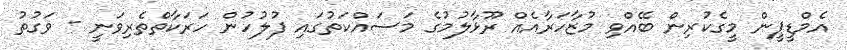
އެމްޑީޕީން މީގެކުރިން ބޭއްވި މުޒާހަރާއެއް ރޫޅާލުމުގެ މަސައްކަތުގައި ފުލުހުން ހަރަކާތްތެރިވަނީ - ވަގުތު